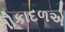
નૌકાદળએ